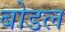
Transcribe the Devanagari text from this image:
बोडल